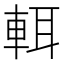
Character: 𨌀